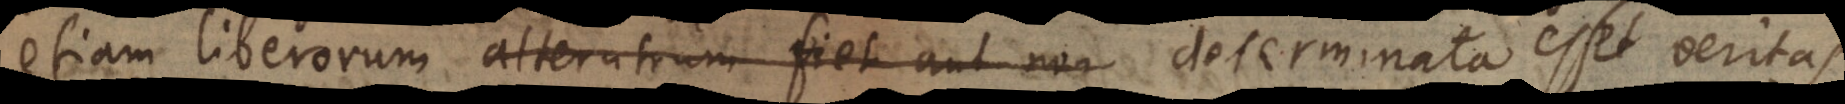
etiam liberorum alterutrum fiet aut non determinata esset veritas